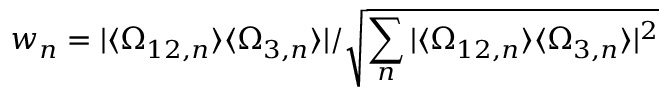
w _ { n } = \vert \langle \Omega _ { 1 2 , n } \rangle \langle \Omega _ { 3 , n } \rangle \vert / \sqrt { \sum _ { n } \vert \langle \Omega _ { 1 2 , n } \rangle \langle \Omega _ { 3 , n } \rangle \vert ^ { 2 } }